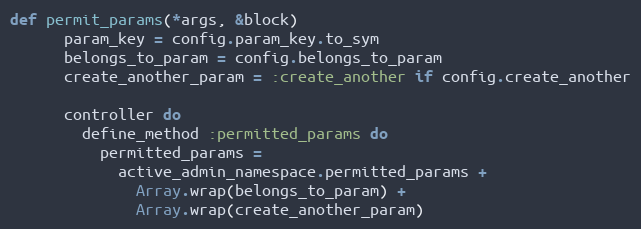
Language: Ruby
def permit_params(*args, &block)
      param_key = config.param_key.to_sym
      belongs_to_param = config.belongs_to_param
      create_another_param = :create_another if config.create_another

      controller do
        define_method :permitted_params do
          permitted_params =
            active_admin_namespace.permitted_params +
              Array.wrap(belongs_to_param) +
              Array.wrap(create_another_param)